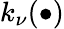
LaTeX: k_{\nu}(\bullet)